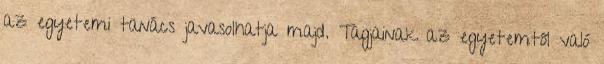
az egyetemi tanács javasolhatja majd. Tagjainak az egyetemtől való